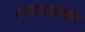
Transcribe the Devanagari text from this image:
मारतानाचा